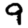
Digit: 9